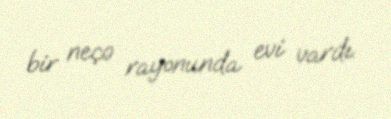
bir neçə rayonunda evi vardı.